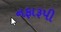
નફારૂપી